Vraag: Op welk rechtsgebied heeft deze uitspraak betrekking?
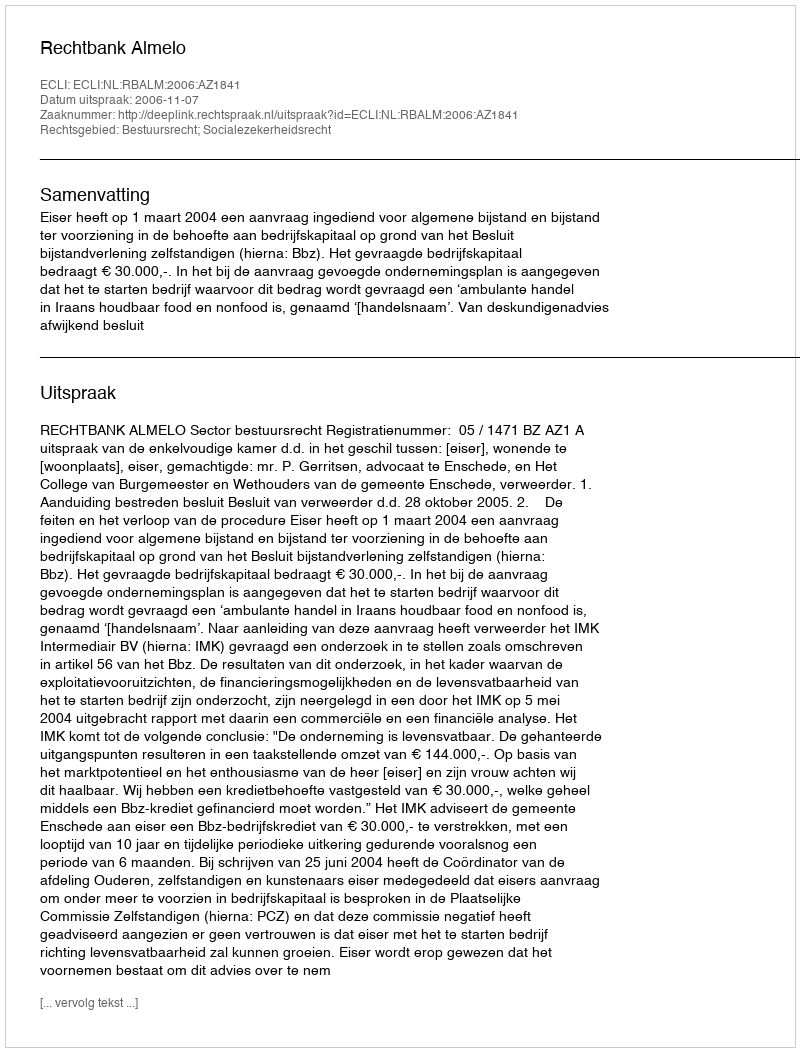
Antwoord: Bestuursrecht; Socialezekerheidsrecht